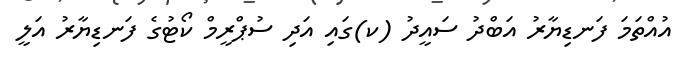
އުއްތަމަ ފަނޑިޔާރު އަބްދު ސައީދު (ކ)ގައި އަދި ސުޕްރީމް ކޯޓުގެ ފަނޑިޔާރު އަލީ